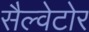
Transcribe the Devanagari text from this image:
सैल्वेटोर